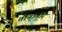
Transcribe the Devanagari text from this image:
तोर्नातोरे